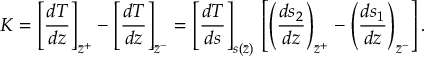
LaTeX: K = \left[ { \frac { d T } { d z } } \right] _ { \bar { z } ^ { + } } - \left[ { \frac { d T } { d z } } \right] _ { \bar { z } ^ { - } } = \left[ { \frac { d T } { d s } } \right] _ { s ( \bar { z } ) } \, \left[ \left( { \frac { d s _ { 2 } } { d z } } \right) _ { \bar { z } ^ { + } } - \left( { \frac { d s _ { 1 } } { d z } } \right) _ { \bar { z } ^ { - } } \right] .